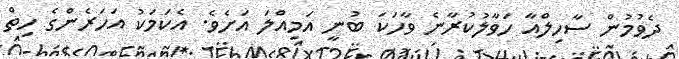
ދެވުމުން ސާހިލްއާ ހަވާލުކުރާނެ ވާހަކަ ބުނީ އަމިއްލަ އަށެވެ. އެކަމަކު އަހަރެންގެ ހިތް